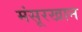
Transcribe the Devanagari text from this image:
मंसूरखान